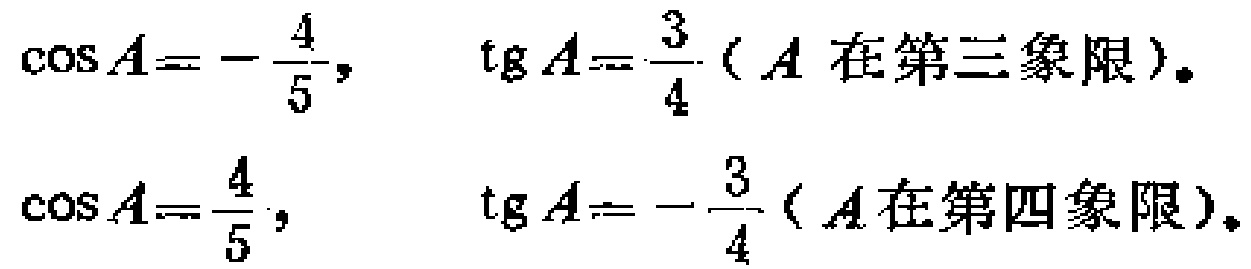
\(\cos A = -\frac{4}{5},\ \ \ \ \ \ \ \ \ \ \ \ \ \ \ \ \ \ \ \ \ \ \ \ \ \ \ \ \ \ \ \ \ \ \ \ \ \ \ \ \ \ \ \ \ \ \ \ \ \ \ \ \ \ \ \ \ \ \ \ \ \ \ \ \ \ \ \ \ \ \ \ \ \ \ \ \ \ \ \ \ \ \ \ \ \ \ \ \ \ \ \ \ \ \ \ \ \ \ \ \ \ \ \ \ \ \ \ \ \ \ \ \ \ \ \ \ \ \ \ \ \ \ \ \ \ \ \ \ \ \ \ \ \ \ \ \ \ \ \ \ \ \ \ \ \ \ \ \ \ \ \ \ \ \ \ \ \ \ \ \ \ \ \ \ \ \ \ \ \ \ \ \ \ \ \ \ \ \ \ \ \ \ \ \ \ \ \ \ \ \ \ \ \ \ \ \ \ \ \ \ \ \ \ \ \ \ \ \ \ \ \ \ \ \ \ \ \ \ \ \ \ \ \ \ \ \ \ \ \ \ \ \ \ \ \ \ \ \ \ \ \ \ \ \ \ \ \ \ \ \ \ \ \ \ \ \ \ \ \ \ \ \ \ \ \ \ \ \ \ \ \ \ \ \ \ \ \ \ \ \ \ \ \ \ \ \ \ \ \ \ \ \ \ \ \ \ \ \ \ \ \ \ \ \ \ \ \ \ \ \ \ \ \ \ \ \ \ \ \ \ \ \ \ \ \ \ \ \ \ \ \ \ \ \ \ \ \ \ \ \ \ \ \ \ \ \ \ \ \ \ \ \ \ \ \ \ \ \ \ \ \ \ \ \ \ \ \ \ \ \ \ \ \ \ \ \ \ \ \ \ \ \ \ \ \ \ \ \ \ \ \ \ \ \ \ \ \ \ \ \ \ \ \ \ \ \ \ \ \ \ \ \ \ \ \ \ \ \ \ \ \ \ \ \ \ \ \ \ \ \ \ \ \ \ \ \ \ \ \ \ \ \ \ \ \ \ \ \ \ \ \ \ \ \ \ \ \ \ \ \ \ \ \ \ \ \ \ \ \ \ \ \ \ \ \ \ \ \ \ \ \ \ \ \ \ \ \ \ \ \ \ \ \ \ \ \ \ \ \ \ \ \ \ \ \ \ \ \ \ \ \ \ \ \ \ \ \ \ \ \ \ \ \ \ \ \ \ \ \ \ \ \ \ \ \ \ \ \ \ \ \ \ \ \ \ \ \ \ \ \ \ \ \ \ \ \ \ \ \ \ \ \ \ \ \ \ \ \ \ \ \ \ \ \ \ \ \ \ \ \ \ \ \ \ \ \ \ \ \ \ \ \ \ \ \ \ \ \ \ \ \ \ \ \ \ \ \ \ \ \ \ \ \ \ \ \ \ \ \ \ \ \ \ \ \ \ \ \ \ \ \ \ \ \ \ \ \ \ \ \ \ \ \ \ \ \ \ \ \ \ \ \ \ \ \ \ \ \ \ \ \ \ \ \ \ \ \ \ \ \ \ \ \ \ \ \ \ \ \ \ \ \ \ \ \ \ \ \ \ \ \ \ \ \ \ \ \ \ \ \ \ \ \ \ \ \ \ \ \ \ \ \ \ \ \ \ \ \ \ \ \ \ \ \ \ \ \ \ \ \ \ \ \ \ \ \ \ \ \ \ \ \ \ \ \ \ \ \ \ \ \ \ \ \ \ \ \ \ \ \ \ \ \ \ \ \ \ \ \ \ \ \ \ \ \ \ \ \ \ \ \ \ \ \ \ \ \ \ \ \ \ \ \ \ \ \ \ \ \ \ \ \ \ \ \ \ \ \ \ \ \ \ \ \ \ \ \ \ \ \ \ \ \ \ \ \ \ \ \ \ \ \ \ \ \ \ \ \ \ \ \ \ \ \ \ \ \ \ \ \ \ \ \ \ \ \ \ \ \ \ \ \ \ \ \ \ \ \ \ \ \ \ \ \ \ \ \ \ \ \ \ \ \ \ \ \ \ \ \ \ \ \ \ \ \ \ \ \ \ \ \ \ \ \ \ \ \ \ \ \ \ \ \ \ \ \ \ \ \ \ \ \ \ \ \ \ \ \ \ \ \ \ \ \ \ \ \ \ \ \ \ \ \ \ \ \ \ \ \ \ \ \ \ \ \ \ \ \ \ \ \ \ \ \ \ \ \ \ \ \ \ \ \ \ \ \ \ \ \ \ \ \ \ \ \ \ \ \ \ \ \ \ \ \ \ \ \ \ \ \ \ \ \ \ \ \ \ \ \ \ \ \ \ \ \ \ \ \ \ \ \ \ \ \ \ \ \ \ \ \ \ \ \ \ \ \ \ \ \ \ \ \ \ \ \ \ \ \ \ \ \ \ \ \ \ \ \ \ \ \ \ \ \ \ \ \ \ \ \ \ \ \ \ \ \ \ \ \ \ \ \ \ \ \ \ \ \ \ \ \ \ \ \ \ \ \ \ \ \ \ \ \ \ \ \ \ \ \ \ \ \ \ \ \ \ \ \ \ \ \ \ \ \ \ \ \ \ \ \ \ \ \ \ \ \ \ \ \ \ \ \ \ \ \ \ \ \ \ \ \ \ \ \ \ \ \ \ \ \ \ \ \ \ \ \ \ \ \ \ \ \ \ \ \ \ \ \ \ \ \ \ \ \ \ \ \ \ \ \ \ \ \ \ \ \ \ \ \ \ \ \ \ \ \ \ \ \ \ \ \ \ \ \ \ \ \ \ \ \ \ \ \ \ \ \ \ \ \ \ \ \ \ \ \ \ \ \ \ \ \ \ \ \ \ \ \ \ \ \ \ \ \ \ \ \ \ \ \ \ \ \ \ \ \ \ \ \ \ \ \ \ \ \ \ \ \ \ \ \ \ \ \ \ \ \ \ \ \ \ \ \ \ \ \ \ \ \ \ \ \ \ \ \ \ \ \ \ \ \ \ \ \ \ \ \ \ \ \ \ \ \ \ \ \ \ \ \ \ \ \ \ \ \ \ \ \ \ \ \ \ \ \ \ \ \ \ \ \ \ \ \ \ \ \ \ \ \ \ \ \ \ \ \ \ \ \ \ \ \ \ \ \ \ \ \ \ \ \ \ \ \ \ \ \ \ \ \ \ \ \ \ \ \ \ \ \ \ \ \ \ \ \ \ \ \ \ \ \ \ \ \ \ \ \ \ \ \ \ \ \ \ \ \ \ \ \ \ \ \ \ \ \ \ \ \ \ \ \ \ \ \ \ \ \ \ \ \ \ \ \ \ \ \ \ \ \ \ \ \ \ \ \ \ \ \ \ \ \ \ \ \ \ \ \ \ \ \ \ \ \ \ \ \ \ \ \ \ \ \ \ \ \ \ \ \ \ \ \ \ \ \ \ \ \ \ \ \ \ \ \ \ \ \ \ \ \ \ \ \ \ \ \ \ \ \ \ \ \ \ \ \ \ \ \ \ \ \ \ \ \ \ \ \ \ \ \ \ \ \ \ \ \ \ \ \ \ \ \ \ \ \ \ \ \ \ \ \ \ \ \ \ \ \ \ \ \ \ \ \ \ \ \ \ \ \ \ \ \ \ \ \ \ \ \ \ \ \ \ \ \ \ \ \ \ \ \ \ \ \ \ \ \ \ \ \ \ \ \ \ \ \ \ \ \ \ \ \ \ \ \ \ \ \ \ \ \ \ \ \ \ \ \ \ \ \ \ \ \ \ \ \ \ \ \ \ \ \ \ \ \ \ \ \ \ \ \ \ \ \ \ \ \ \ \ \ \ \ \ \ \ \ \ \ \ \ \ \ \ \ \ \ \ \ \ \ \ \ \ \ \ \ \ \ \ \ \ \ \ \ \ \ \ \ \ \ \ \ \ \ \ \ \ \ \ \ \ \ \ \ \ \ \ \ \ \ \ \ \ \ \ \ \ \ \ \ \ \ \ \ \ \ \ \ \ \ \ \ \ \ \ \ \ \ \ \ \ \ \ \ \ \ \ \ \ \ \ \ \ \ \ \ \ \ \ \ \ \ \ \ \ \ \ \ \ \ \ \ \ \ \ \ \ \ \ \ \ \ \ \ \ \ \ \ \ \ \ \ \ \ \ \ \ \ \ \ \ \ \ \ \ \ \ \ \ \ \ \ \ \ \ \ \ \ \ \ \ \ \ \ \ \ \ \ \ \ \ \ \ \ \ \ \ \ \ \ \ \ \ \ \ \ \ \ \ \ \ \ \ \ \ \ \ \ \ \ \ \ \ \ \ \ \ \ \ \ \ \ \ \ \ \ \ \ \ \ \ \ \ \ \ \ \ \ \ \ \ \ \ \ \ \ \ \ \ \ \ \ \ \ \ \ \ \ \ \ \ \ \ \ \ \ \ \ \ \ \ \ \ \ \ \ \ \ \ \ \ \ \ \ \ \ \ \ \ \ \ \ \ \ \ \ \ \ \ \ \ \ \ \ \ \ \ \ \ \ \ \ \ \ \ \ \ \ \ \ \ \ \ \ \ \ \ \ \ \ \ \ \ \ \ \ \ \ \ \ \ \ \ \ \ \ \ \ \ \ \ \ \ \ \ \ \ \ \ \ \ \ \ \ \ \ \ \ \ \ \ \ \ \ \ \ \ \ \ \ \ \ \ \ \ \ \ \ \ \ \ \ \ \ \ \ \ \ \ \ \ \ \ \ \ \ \ \ \ \ \ \ \ \ \ \ \ \ \ \ \ \ \ \ \ \ \ \ \ \ \ \ \ \ \ \ \ \ \ \ \ \ \ \ \ \ \ \ \ \ \ \ \ \ \ \ \ \ \ \ \ \ \ \ \ \ \ \ \ \ \ \ \ \ \ \ \ \ \ \ \ \ \ \ \ \ \ \ \ \ \ \ \ \ \ \ \ \ \ \ \ \ \ \ \ \ \ \ \ \ \ \ \ \ \ \ \ \ \ \ \ \ \ \ \ \ \ \ \ \ \ \ \ \ \ \ \ \ \ \ \ \ \ \ \ \ \ \ \ \ \ \ \ \ \ \ \ \ \ \ \ \ \ \ \ \ \ \ \ \ \ \ \ \ \ \ \ \ \ \ \ \ \ \ \ \ \ \ \ \ \ \ \ \ \ \ \ \ \ \ \ \ \ \ \ \ \ \ \ \ \ \ \ \ \ \ \ \ \ \ \ \ \ \ \ \ \ \ \ \ \ \ \ \ \ \ \ \ \ \ \ \ \ \ \ \ \ \ \ \ \ \ \ \ \ \ \ \ \ \ \ \ \ \ \ \ \ \ \ \ \ \ \ \ \ \ \ \ \ \ \ \ \ \ \ \ \ \ \ \ \ \ \ \ \ \ \ \ \ \ \ \ \ \ \ \ \ \ \ \ \ \ \ \ \ \ \ \ \ \ \ \ \ \ \ \ \ \ \ \ \ \ \ \ \ \ \ \ \ \ \ \ \ \ \ \ \ \ \ \ \ \ \ \ \ \ \ \ \ \ \ \ \ \ \ \ \ \ \ \ \ \ \ \ \ \ \ \ \ \ \ \ \ \ \ \ \ \ \ \ \ \ \ \ \ \ \ \ \ \ \ \ \ \ \ \ \ \ \ \ \ \ \ \ \ \ \ \ \ \ \ \ \ \ \ \ \ \ \ \ \ \ \ \ \ \ \ \ \ \ \ \ \ \ \ \ \ \ \ \ \ \ \ \ \ \ \ \ \ \ \ \ \ \ \ \ \ \ \ \ \ \ \ \ \ \ \ \ \ \ \ \ \ \ \ \ \ \ \ \ \ \ \ \ \ \ \ \ \ \ \ \ \ \ \ \ \ \ \ \ \ \ \ \ \ \ \ \ \ \ \ \ \ \ \ \ \ \ \ \ \ \ \ \ \ \ \ \ \ \ \ \ \ \ \ \ \ \ \ \ \ \ \ \ \ \ \ \ \ \ \ \ \ \ \ \ \ \ \ \ \ \ \ \ \ \ \ \ \ \ \ \ \ \ \ \ \ \ \ \ \ \ \ \ \ \ \ \ \ \ \ \ \ \ \ \ \ \ \ \ \ \ \ \ \ \ \ \ \ \ \ \ \ \ \ \ \ \ \ \ \ \ \ \ \ \ \ \ \ \ \ \ \ \ \ \ \ \ \ \ \ \ \ \ \ \ \ \ \ \ \ \ \ \ \ \ \ \ \ \ \ \ \ \ \ \ \ \ \ \ \ \ \ \ \ \ \ \ \ \ \ \ \ \ \ \ \ \ \ \ \ \ \ \ \ \ \ \ \ \ \ \ \ \ \ \ \ \ \ \ \ \ \ \ \ \ \ \ \ \ \ \ \ \ \ \ \ \ \ \ \ \ \ \ \ \ \ \ \ \ \ \ \ \ \ \ \ \ \ \ \ \ \ \ \ \ \ \ \ \ \ \ \ \ \ \ \ \ \ \ \ \ \ \ \ \ \ \ \ \ \ \ \ \ \ \ \ \ \ \ \ \ \ \ \ \ \ \ \ \ \ \ \ \ \ \ \ \ \ \ \ \ \ \ \ \ \ \ \ \ \ \ \ \ \ \ \ \ \ \ \ \ \ \ \ \ \ \ \ \ \ \ \ \ \ \ \ \ \ \ \ \ \ \ \ \ \ \ \ \ \ \ \ \ \ \ \ \ \ \ \ \ \ \ \ \ \ \ \ \ \ \ \ \ \ \ \ \ \ \ \ \ \ \ \ \ \ \ \ \ \ \ \ \ \ \ \ \ \ \ \ \ \ \ \ \ \ \ \ \ \ \ \ \ \ \ \ \ \ \ \ \ \ \ \ \ \ \ \ \ \ \ \ \ \ \ \ \ \ \ \ \ \ \ \ \ \ \ \ \ \ \ \ \ \ \ \ \ \ \ \ \ \ \ \ \ \ \ \ \ \ \ \ \ \ \ \ \ \ \ \ \ \ \ \ \ \ \ \ \ \ \ \ \ \ \ \ \ \ \ \ \ \ \ \ \ \ \ \ \ \ \ \ \ \ \ \ \ \ \ \ \ \ \ \ \ \ \ \ \ \ \ \ \ \ \ \ \ \ \ \ \ \ \ \ \ \ \ \ \ \ \ \ \ \ \ \ \ \ \ \ \ \ \ \ \ \ \ \ \ \ \ \ \ \ \ \ \ \ \ \ \ \ \ \ \ \ \ \ \ \ \ \ \ \ \ \ \ \ \ \ \ \ \ \ \ \ \ \ \ \ \ \ \ \ \ \ \ \ \ \ \ \ \ \ \ \ \ \ \ \ \ \ \ \ \ \ \ \ \ \ \ \ \ \ \ \ \ \ \ \ \ \ \ \ \ \ \ \ \ \ \ \ \ \ \ \ \ \ \ \ \ \ \ \ \ \ \ \ \ \ \ \ \ \ \ \ \ \ \ \ \ \ \ \ \ \ \ \ \ \ \ \ \ \ \ \ \ \ \ \ \ \ \ \ \ \ \ \ \ \ \ \ \ \ \ \ \ \ \ \ \ \ \ \ \ \ \ \ \ \ \ \ \ \ \ \ \ \ \ \ \ \ \ \ \ \ \ \ \ \ \ \ \ \ \ \ \ \ \ \ \ \ \ \ \ \ \ \ \ \ \ \ \ \ \ \ \ \ \ \ \ \ \ \ \ \ \ \ \ \ \ \ \ \ \ \ \ \ \ \ \ \ \ \ \ \ \ \ \ \ \ \ \ \ \ \ \ \ \ \ \ \ \ \ \ \ \ \ \ \ \ \ \ \ \ \ \ \ \ \ \ \ \ \ \ \ \ \ \ \ \ \ \ \ \ \ \ \ \ \ \ \ \ \ \ \ \ \ \ \ \ \ \ \ \ \ \ \ \ \ \ \ \ \ \ \ \ \ \ \ \ \ \ \ \ \ \ \ \ \ \ \ \ \ \ \ \ \ \ \ \ \ \ \ \ \ \ \ \ \ \ \ \ \ \ \ \ \ \ \ \ \ \ \ \ \ \ \ \ \ \ \ \ \ \ \ \ \ \ \ \ \ \ \ \ \ \ \ \ \ \ \ \ \ \ \ \ \ \ \ \ \ \ \ \ \ \ \ \ \ \ \ \ \ \ \ \ \ \ \ \ \ \ \ \ \ \ \ \ \ \ \ \ \ \ \ \ \ \ \ \ \ \ \ \ \ \ \ \ \ \ \ \ \ \ \ \ \ \ \ \ \ \ \ \ \ \ \ \ \ \ \ \ \ \ \ \ \ \ \ \ \ \ \ \ \ \ \ \ \ \ \ \ \ \ \ \ \ \ \ \ \ \ \ \ \ \ \ \ \ \ \ \ \ \ \ \ \ \ \ \ \ \ \ \ \ \ \ \ \ \ \ \ \ \ \ \ \ \ \ \ \ \ \ \ \ \ \ \ \ \ \ \ \ \ \ \ \ \ \ \ \ \ \ \ \ \ \ \ \ \ \ \ \ \ \ \ \ \ \ \ \ \ \ \ \ \ \ \ \ \ \ \ \ \ \ \ \ \ \ \ \ \ \ \ \ \ \ \ \ \ \ \ \ \ \ \ \ \ \ \ \ \ \ \ \ \ \ \ \ \ \ \ \ \ \ \ \ \ \ \ \ \ \ \ \ \ \ \ \ \ \ \ \ \ \ \ \ \ \ \ \ \ \ \ \ \ \ \ \ \ \ \ \ \ \ \ \ \ \ \ \ \ \ \ \ \ \ \ \ \ \ \ \ \ \ \ \ \ \ \ \ \ \ \ \ \ \ \ \ \ \ \ \ \ \ \ \ \ \ \ \ \ \ \ \ \ \ \ \ \ \ \ \ \ \ \ \ \ \ \ \ \ \ \ \ \ \ \ \ \ \ \ \ \ \ \ \ \ \ \ \ \ \ \ \ \ \ \ \ \ \ \ \ \ \ \ \ \ \ \ \ \ \ \ \ \ \ \ \ \ \ \ \ \ \ \ \ \ \ \ \ \ \ \ \ \ \ \ \ \ \ \ \ \ \ \ \ \ \ \ \ \ \ \ \ \ \ \ \ \ \ \ \ \ \ \ \ \ \ \ \ \ \ \ \ \ \ \ \ \ \ \ \ \ \ \ \ \ \ \ \ \ \ \ \ \ \ \ \ \ \ \ \ \ \ \ \ \ \ \ \ \ \ \ \ \ \ \ \ \ \ \ \ \ \ \ \ \ \ \ \ \ \ \ \ \ \